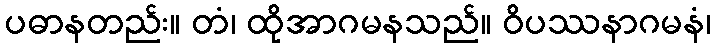
ပဓာနတည်း။ တံ၊ ထိုအာဂမနသည်။ ဝိပဿနာဂမနံ၊